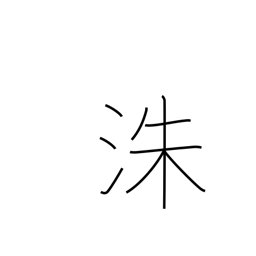
Meaning: name of a Chinese river